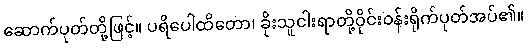
ဆောက်ပုတ်တို့ဖြင့်။ ပရိပေါထိတော၊ ခိုးသူငါးရာတို့ဝိုင်းဝန်းရိုက်ပုတ်အပ်၏။